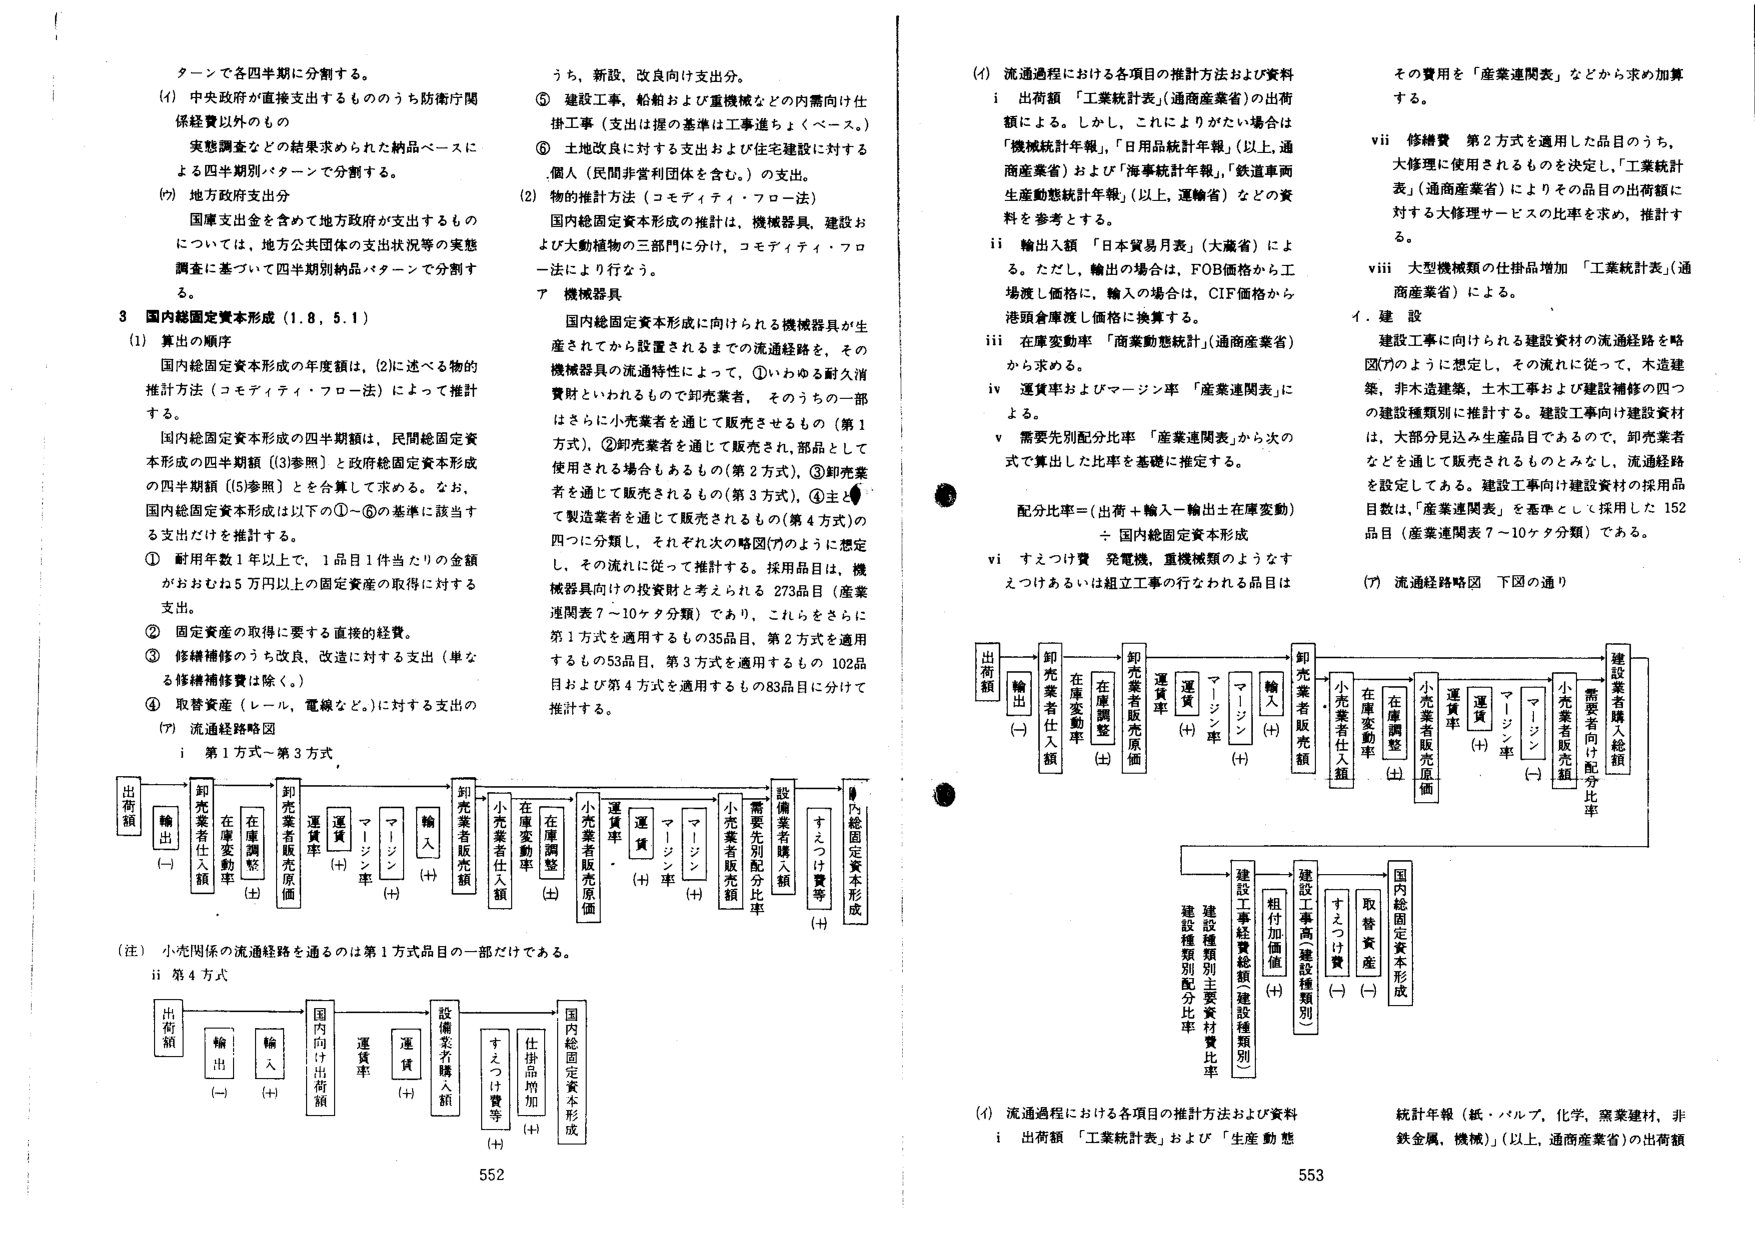
ターンで各四半期に分割する。

(4) 中央政府が直接支出するもの のうち防衛庁関係経費以外のもの
実態調査などの結果求められた納品ベースによる四半期別パターンで分割する。

(7) 地方政府支出分
国庫支出金を含めて地方政府が支出するものについては、地方公共団体の支出状況等の実態調査に基づいて四半期別納品パターンで分割する。

3 国内総固定資本形成（1.8，5.1）

(1) 算出の順序
国内総固定資本形成の年度額は、(2)に述べる物的推計方法（コモディティ・フロー法）によって推計する。
[国内総固定資本形成の四半期額は、民間総固定資本形成の四半期額（[3]参照）と政府総固定資本形成の四半期額（[5]参照）とを合算して求める。なお、国内総固定資本形成は以下の①～④の基準に該当する支出だけを推計する。

① 耐用年数1年以上で、1品目1件当たりの金額がおおむね5万円以上の固定資産の取得に対する支出。
② 固定資産の取得に要する直接的経費。
③ 修繕補修のうち改良、改造に対する支出（単なる修繕補修費は除く。）
④ 取替資産（レール、電線など。）に対する支出の

(7) 流通経路略図
i 第1方式～第3方式

[図：出荷額 → 輸出(-) → 卸売業者仕入額 → 在庫変動率 → 在庫調整(±) → 卸売業者販売原価 → 運賃(+) → マージン(+) → 輸入(+) → 卸売業者販売額 → 小売業者仕入額 → 在庫変動率 → 在庫調整(±) → 小売業者販売原価 → 運賃(+) → マージン(+) → 小売業者販売額 → 需要先別配分比率 → 設備業者購入額 → すえつけ費等(+) → 国内総固定資本形成]

（注）小売関係の流通経路を通るのは第1方式品目の一部だけである。
ii 第4方式

[図：出荷額 → 輸出(-) → 輸入(+) → 国内向け出荷額 → 運賃(+) → 運賃(+) → 設備業者購入額 → すえつけ費等(+) → 仕掛品増加(+) → 国内総固定資本形成]

うち、新設、改良向け支出分。
⑤ 建設工事、船舶および重機械などの内需向け仕掛工事（支出は握の基準は工事進ちょくベース。）
⑥ 土地改良に対する支出および住宅建設に対する個人（民間非営利団体を含む。）の支出。

(2) 物的推計方法（コモディティ・フロー法）
国内総固定資本形成の推計は、機械器具、建設および大動植物の三部門に分け、コモディティ・フロー法により行なう。

ア 機械器具
国内総固定資本形成に向けられる機械器具が生産されてから設置されるまでの流通経路を、その機械器具の流通特性によって、①いわゆる耐久消費財といわれるもので卸売業者、そのうちの一部はさらに小売業者を通じて販売されるもの（第1方式）、②卸売業者を通じて販売され、部品として使用される場合もあるもの（第2方式）、③卸売業者を通じて販売されるもの（第3方式）、④主として製造業者を通じて販売されるもの（第4方式）の四つに分類し、それぞれ次の略図(7)のように想定し、その流れに従って推計する。採用品目は、機械器具向けの投資財と考えられる273品目（産業連関表7～10ケタ分類）であり、これらをさらに第1方式を適用するもの35品目、第2方式を適用するもの53品目、第3方式を適用するもの102品目および第4方式を適用するもの83品目に分けて推計する。

(4) 流通過程における各項目の推計方法および資料
i 出荷額 「工業統計表」（通商産業省）の出荷額による。しかし、これよりかたい場合は「機械統計年報」、「日用品統計年報」（以上、通商産業省）および「海事統計年報」、「鉄道車両生産動態統計年報」（以上、運輸省）などの資料を参考とする。
ii 輸出入額 「日本貿易月表」（大蔵省）による。ただし、輸出の場合は、FOB価格から工場渡し価格に、輸入の場合は、CIF価格から港頭倉庫渡し価格に換算する。
iii 在庫変動率 「商業動態統計」（通商産業省）から求める。
iv 運賃率およびマージン率 「産業連関表」による。
v 需要先別配分比率 「産業連関表」から次の式で算出した比率を基礎に推定する。
配分比率＝（出荷＋輸入－輸出土在庫変動）÷ 国内総固定資本形成
vi すえつけ費 発電機、重機械類のようなすえつけあるいは組立工事の行なわれる品目は

その費用を「産業連関表」などから求め加算する。
vii 修繕費 第2方式を適用した品目のうち、大修理に使用されるものを決定し、「工業統計表」（通商産業省）によりその品目の出荷額に対する大修理サービスの比率を求め、推計する。
viii 大型機械類の仕掛品増加 「工業統計表」（通商産業省）による。

イ．建設
建設工事に向けられる建設資材の流通経路を略図(7)のように想定し、その流れに従って、木造建築、非木造建築、土木工事および建設補修の四つの建設種類別に推計する。建設工事向け建設資材は、大部分見込み生産品目であるので、卸売業者などを通じて販売されるものとみなし、流通経路を設定してある。建設工事向け建設資材の採用品目数、「産業連関表」を基準として採用した152品目（産業連関表7～10ケタ分類）である。

(7) 流通経路略図 下図の通り

[図：出荷額 → 輸出(-) → 卸売業者仕入額 → 在庫変動率 → 在庫調整(±) → 卸売業者販売原価 → 運賃(+) → マージン(+) → 輸入(+) → 卸売業者販売額 → 小売業者仕入額 → 在庫変動率 → 在庫調整(±) → 小売業者販売原価 → 運賃(+) → マージン(+) → 小売業者販売額 → 需要先別配分比率 → 建設工事経費総額（建設種類別） → 建設工事高（建設種類別） → 組付加価値(+) → すえつけ費(-) → 取替資産(-) → 国内総固定資本形成 → 建設種類別配分比率 → 建設種類別主要資材費比率]

(4) 流通過程における各項目の推計方法および資料
i 出荷額 「工業統計表」および「生産動態統計年報（紙・パルプ、化学、窯業建材、非鉄金属、機械）」（以上、通商産業省）の出荷額

552
553